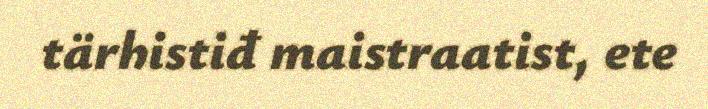
tärhistiđ maistraatist, ete